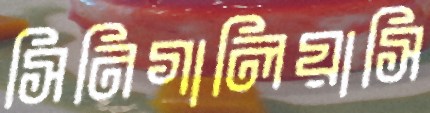
সিনিগালিয়াসি